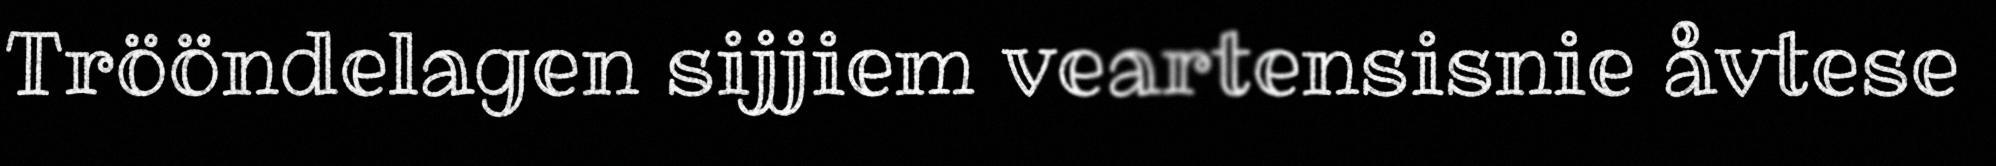
Trööndelagen sijjiem veartensisnie åvtese